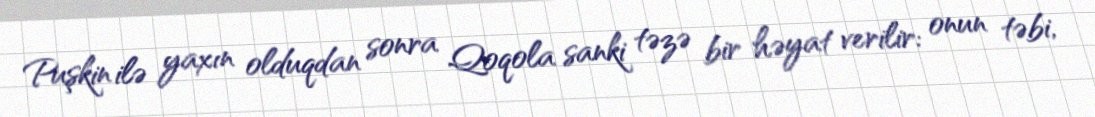
Puşkin ilə yaxın olduqdan sonra Qoqola sanki təzə bir həyat verilir: onun təbi,